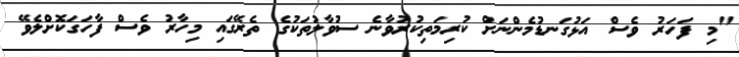
"މި ފަހަރު ވެސް އަޅުގަނޑުމެންނަށް ކުރިމަތިކުރުވާނެ ސުވާލުތަކުގެ ތެރޭގައި މިހާރު ވެސް ފާހަގަކޮށްލެވޭ